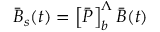
\bar { B } _ { s } ( t ) = \left[ \bar { P } \right] _ { b } ^ { \Lambda } \bar { B } ( t )